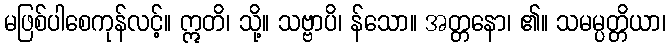
မဖြစ်ပါစေကုန်လင့်။ ဣတိ၊ သို့။ သဗ္ဗာပိ၊ န်သော။ အတ္တနော၊ ၏။ သမမ္ပတ္တိယာ၊